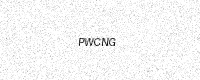
Text: PWCNG